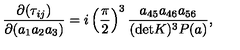
{ \frac { \partial ( \tau _ { i j } ) } { \partial ( a _ { 1 } a _ { 2 } a _ { 3 } ) } } = i \left( \frac { \pi } { 2 } \right) ^ { 3 } { \frac { a _ { 4 5 } a _ { 4 6 } a _ { 5 6 } } { ( \mathrm { d e t } K ) ^ { 3 } P ( a ) } } ,